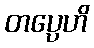
တပ္ပေဟိ